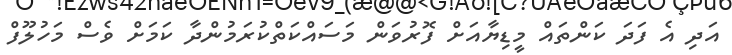
އަދި އެ ފަދަ ކަންތައް މީޑިޔާއަށް ފޮރުވަން މަސައްކަތްކުރަމުންދާ ކަމަށް ވެސް މަހުލޫފް